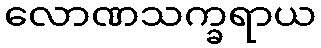
လောဏသက္ခရာယ